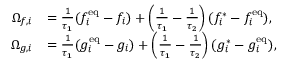
\begin{array} { r l } { \Omega _ { f , i } } & { = \frac { 1 } { \tau _ { 1 } } ( f _ { i } ^ { \mathrm { e q } } - f _ { i } ) + \left( \frac { 1 } { \tau _ { 1 } } - \frac { 1 } { \tau _ { 2 } } \right) ( f _ { i } ^ { \ast } - f _ { i } ^ { \mathrm { e q } } ) , } \\ { \Omega _ { g , i } } & { = \frac { 1 } { \tau _ { 1 } } ( g _ { i } ^ { \mathrm { e q } } - g _ { i } ) + \left( \frac { 1 } { \tau _ { 1 } } - \frac { 1 } { \tau _ { 2 } } \right) ( g _ { i } ^ { \ast } - g _ { i } ^ { \mathrm { e q } } ) , } \end{array}